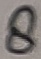
Text: 8